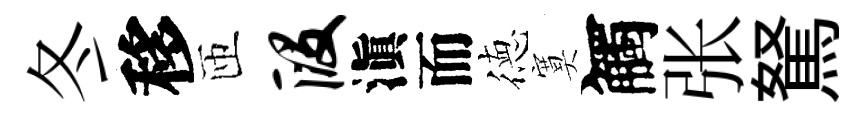
冬移匝段滇而徳寞觸张駑